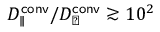
D _ { \parallel } ^ { \mathsf { c o n v } } / D _ { \perp } ^ { \mathsf { c o n v } } \gtrsim 1 0 ^ { 2 }